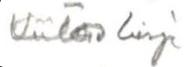
Kiitos kirje